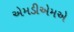
એમડીએમએ